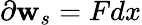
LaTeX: \partial\mathbf{w}_{s}=Fdx